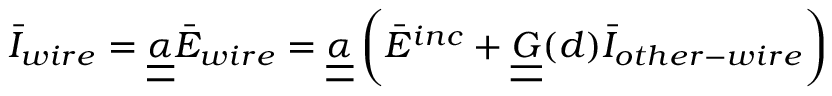
\bar { I } _ { w i r e } = \underline { { \underline { { \alpha } } } } \bar { E } _ { w i r e } = \underline { { \underline { { \alpha } } } } \left( \bar { E } ^ { i n c } + \underline { { \underline { { G } } } } ( d ) \bar { I } _ { o t h e r - w i r e } \right)